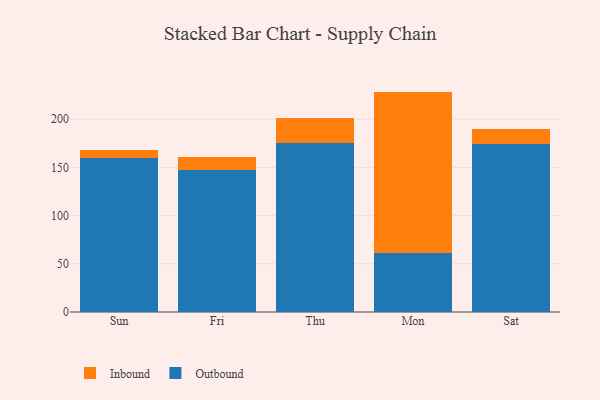
{"axis": {"x": "Day", "y": "Operating Costs (USD K)"}, "legend": ["Inbound", "Outbound"], "data": [{"x": "Sun", "y": 160.2, "type": "Outbound"}, {"x": "Sun", "y": 8.2, "type": "Inbound"}, {"x": "Fri", "y": 147.6, "type": "Outbound"}, {"x": "Fri", "y": 13.2, "type": "Inbound"}, {"x": "Thu", "y": 175.4, "type": "Outbound"}, {"x": "Thu", "y": 26.1, "type": "Inbound"}, {"x": "Mon", "y": 61.2, "type": "Outbound"}, {"x": "Mon", "y": 167.4, "type": "Inbound"}, {"x": "Sat", "y": 173.9, "type": "Outbound"}, {"x": "Sat", "y": 15.8, "type": "Inbound"}]}